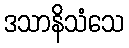
ဒသာနိသံသေ